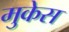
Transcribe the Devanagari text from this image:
मुकेस